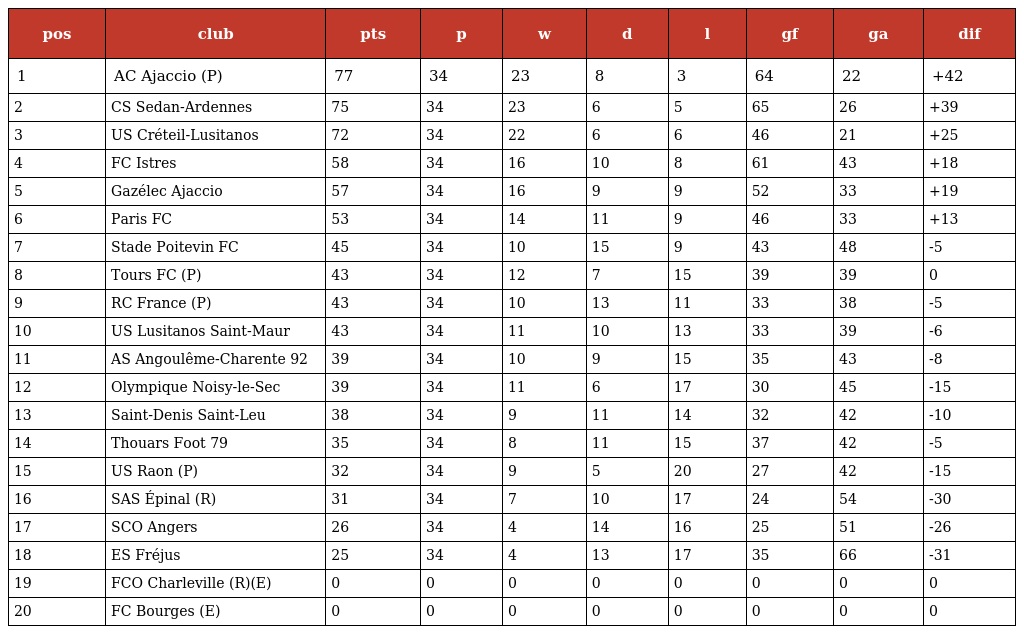
| pos | club | pts | p | w | d | l | gf | ga | dif |
 | --- | --- | --- | --- | --- | --- | --- | --- | --- | --- |
 | 1 | AC Ajaccio (P) | 77 | 34 | 23 | 8 | 3 | 64 | 22 | +42 |
 | 2 | CS Sedan-Ardennes | 75 | 34 | 23 | 6 | 5 | 65 | 26 | +39 |
 | 3 | US Créteil-Lusitanos | 72 | 34 | 22 | 6 | 6 | 46 | 21 | +25 |
 | 4 | FC Istres | 58 | 34 | 16 | 10 | 8 | 61 | 43 | +18 |
 | 5 | Gazélec Ajaccio | 57 | 34 | 16 | 9 | 9 | 52 | 33 | +19 |
 | 6 | Paris FC | 53 | 34 | 14 | 11 | 9 | 46 | 33 | +13 |
 | 7 | Stade Poitevin FC | 45 | 34 | 10 | 15 | 9 | 43 | 48 | -5 |
 | 8 | Tours FC (P) | 43 | 34 | 12 | 7 | 15 | 39 | 39 | 0 |
 | 9 | RC France (P) | 43 | 34 | 10 | 13 | 11 | 33 | 38 | -5 |
 | 10 | US Lusitanos Saint-Maur | 43 | 34 | 11 | 10 | 13 | 33 | 39 | -6 |
 | 11 | AS Angoulême-Charente 92 | 39 | 34 | 10 | 9 | 15 | 35 | 43 | -8 |
 | 12 | Olympique Noisy-le-Sec | 39 | 34 | 11 | 6 | 17 | 30 | 45 | -15 |
 | 13 | Saint-Denis Saint-Leu | 38 | 34 | 9 | 11 | 14 | 32 | 42 | -10 |
 | 14 | Thouars Foot 79 | 35 | 34 | 8 | 11 | 15 | 37 | 42 | -5 |
 | 15 | US Raon (P) | 32 | 34 | 9 | 5 | 20 | 27 | 42 | -15 |
 | 16 | SAS Épinal (R) | 31 | 34 | 7 | 10 | 17 | 24 | 54 | -30 |
 | 17 | SCO Angers | 26 | 34 | 4 | 14 | 16 | 25 | 51 | -26 |
 | 18 | ES Fréjus | 25 | 34 | 4 | 13 | 17 | 35 | 66 | -31 |
 | 19 | FCO Charleville (R)(E) | 0 | 0 | 0 | 0 | 0 | 0 | 0 | 0 |
 | 20 | FC Bourges (E) | 0 | 0 | 0 | 0 | 0 | 0 | 0 | 0 |